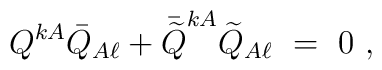
Q^{kA}\bar Q_{A\ell}+\bar{\widetilde Q}^{kA}\widetilde Q_{A\ell}\ =\ 0\ ,